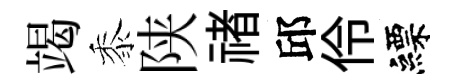
竭黍陕禇邱伶縹